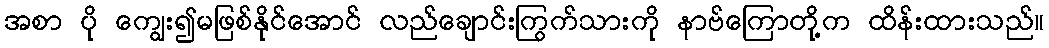
အစာ ပို ကျွေး၍မဖြစ်နိုင်အောင် လည်ချောင်းကြွက်သားကို နာဗ်ကြောတို့က ထိန်းထားသည်။